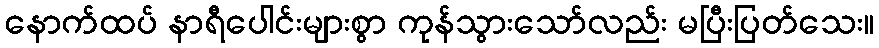
နောက်ထပ် နာရီပေါင်းများစွာ ကုန်သွားသော်လည်း မပြီးပြတ်သေး။